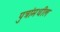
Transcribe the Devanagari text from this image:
पुत्रांमधील